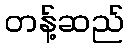
တန့်ဆည်